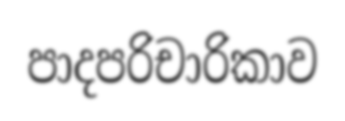
පාදපරිචාරිකාව